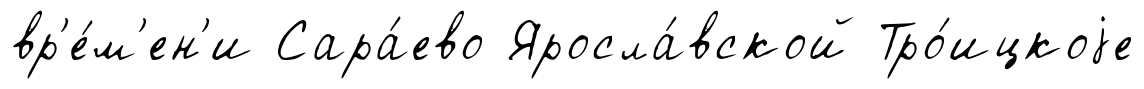
вр'е́м'ен'и Сара́ево Яросла́вской Тро́ицкоjе